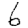
Digit: 6